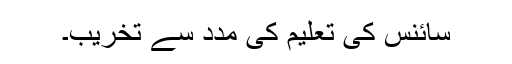
سائنس کی تعلیم کی مدد سے تخریب۔